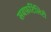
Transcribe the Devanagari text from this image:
सबफ़र्टिलिटी